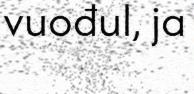
vuođul, ja